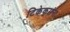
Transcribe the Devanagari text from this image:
टिकेकरांना